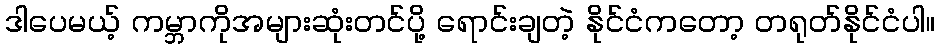
ဒါပေမယ့် ကမ္ဘာကိုအများဆုံးတင်ပို့ ရောင်းချတဲ့ နိုင်ငံကတော့ တရုတ်နိုင်ငံပါ။